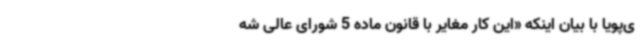
ی‌پویا با بیان اینکه «این کار مغایر با قانون ماده 5 شورای عالی شه